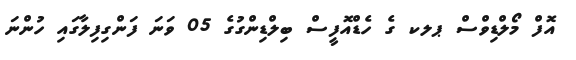
އޮފް މޯލްޑިވްސް ޕލކ ގެ ހެޑްއޮފީސް ބިލްޑިންގުގެ 05 ވަނަ ފަންގިފިލާގައި ހުންނަ